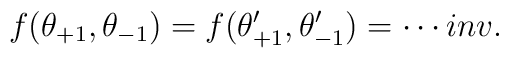
f(\theta_{+1},\theta_{-1})=f(\theta'_{+1},\theta'_{-1})=\cdots inv.